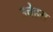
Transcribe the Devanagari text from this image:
उचेहरा